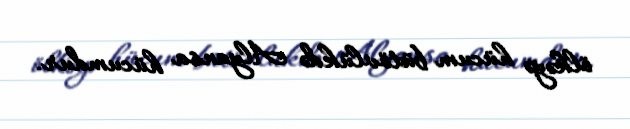
ölkəyə hücum bütövlükdə Alyansa hücumdur.